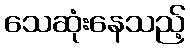
သေဆုံးနေသည့်